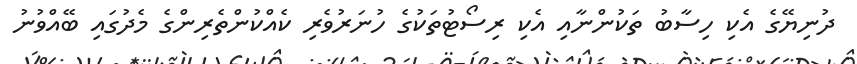
ދުނިޔޭގެ އެކި ހިސާބު ތަކުންނާއި އެކި ރިސޯޓުތަކުގެ ހުނަރުވެރި ކެއްކުންތެރިންގެ މެދުގައި ބޭއްވުނު